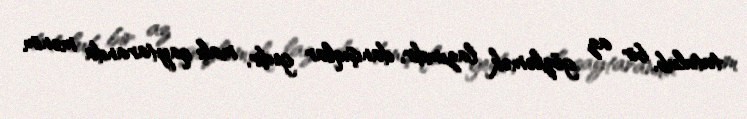
tutulub, bir az gözləmək lazımdır, danışıqlar gedir, malı qaytaranda mənim